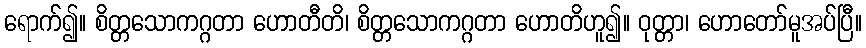
ရောက်၍။ စိတ္တသောကဂ္ဂတာ ဟောတီတိ၊ စိတ္တသောကဂ္ဂတာ ဟောတိဟူ၍။ ဝုတ္တာ၊ ဟောတော်မူအပ်ပြီ။